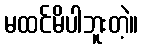
မထင်မိပါဘူးတဲ့။